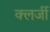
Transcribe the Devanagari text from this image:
क्लर्जी